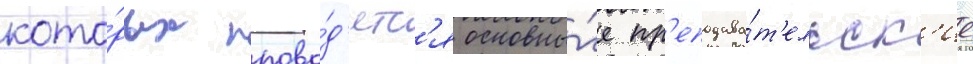
кото́рых прово́д'ятс'я основны́е пр'еподава́т'ельск'ие